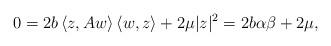
LaTeX: \begin{align*} 0 = 2b\left\langle z,Aw\right\rangle\left\langle w,z\right\rangle + 2\mu |z|^2 = 2b\alpha\beta + 2\mu, \end{align*}